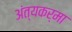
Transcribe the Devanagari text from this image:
अंत्यकर्मा